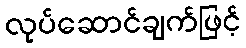
လုပ်ဆောင်ချက်ဖြင့်